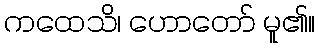
ကထေသိ၊ ဟောတော် မူ၏။